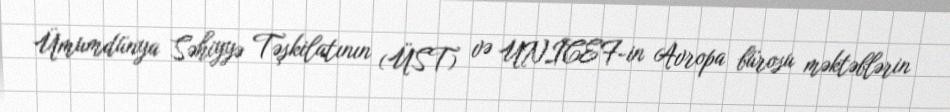
Ümumdünya Səhiyyə Təşkilatının (ÜST) və UNICEF-in Avropa bürosu məktəblərin